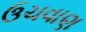
ઉચવાણ